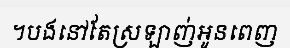
។បងនៅតែស្រឡាញ់អូនពេញ